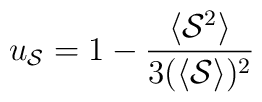
\protectu_{\cal{S}} = 1 - {\frac{ \langle {\cal{S}}^2 \rangle}{3 ( \langle {\cal{S}} \rangle ) ^2 }}